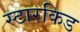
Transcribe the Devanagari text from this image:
स्टारकिड